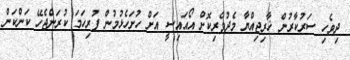
ދިވެހި ސަރުކާރުން ޚާރިޖިއްޔާ މެދުވެރިކޮށް އޯއައިސީ އަށް ހުށަހެޅުމުން ފުރިހަމަ ކުރަންޖެހޭ ކަންކަން